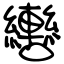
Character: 轡